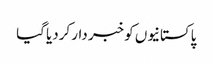
پاکستانیوں کو خبر دار کردیا گیا